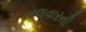
તલવારની